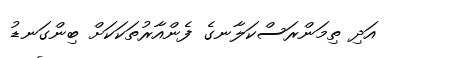
އަދި ތިމަންރަސްކަލާނގެ ފެންއާރުތަކަކަށް ބިންގަނޑު